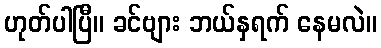
ဟုတ်ပါပြီ။ ခင်ဗျား ဘယ်နှရက် နေမလဲ။